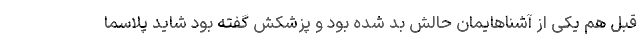
قبل هم یکی از آشناهایمان حالش بد شده بود و پزشکش گفته بود شاید پلاسما